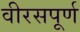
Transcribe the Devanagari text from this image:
वीरसपूर्ण